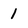
Character: 1